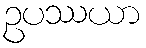
ဥပဿယာ